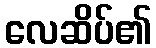
လေဆိပ်၏